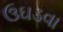
ઉઘડવા